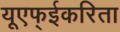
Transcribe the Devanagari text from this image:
यूएफ्ईकरिता